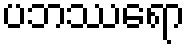
ပဘဿရော